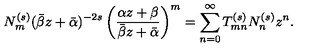
N _ { m } ^ { ( s ) } ( \bar { \beta } z + \bar { \alpha } ) ^ { - 2 s } \left( \frac { \alpha z + \beta } { \bar { \beta } z + \bar { \alpha } } \right) ^ { m } = \sum _ { n = 0 } ^ { \infty } T _ { m n } ^ { ( s ) } N _ { n } ^ { ( s ) } z ^ { n } .